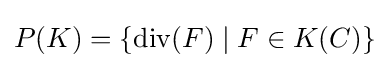
P(K)=\{\mathrm {div} (F)\mid F\in K(C)\}